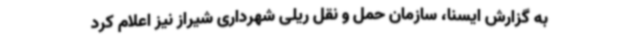
به گزارش ایسنا، سازمان حمل و نقل ریلی شهرداری شیراز نیز اعلام کرد